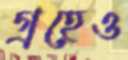
গ্রহেও